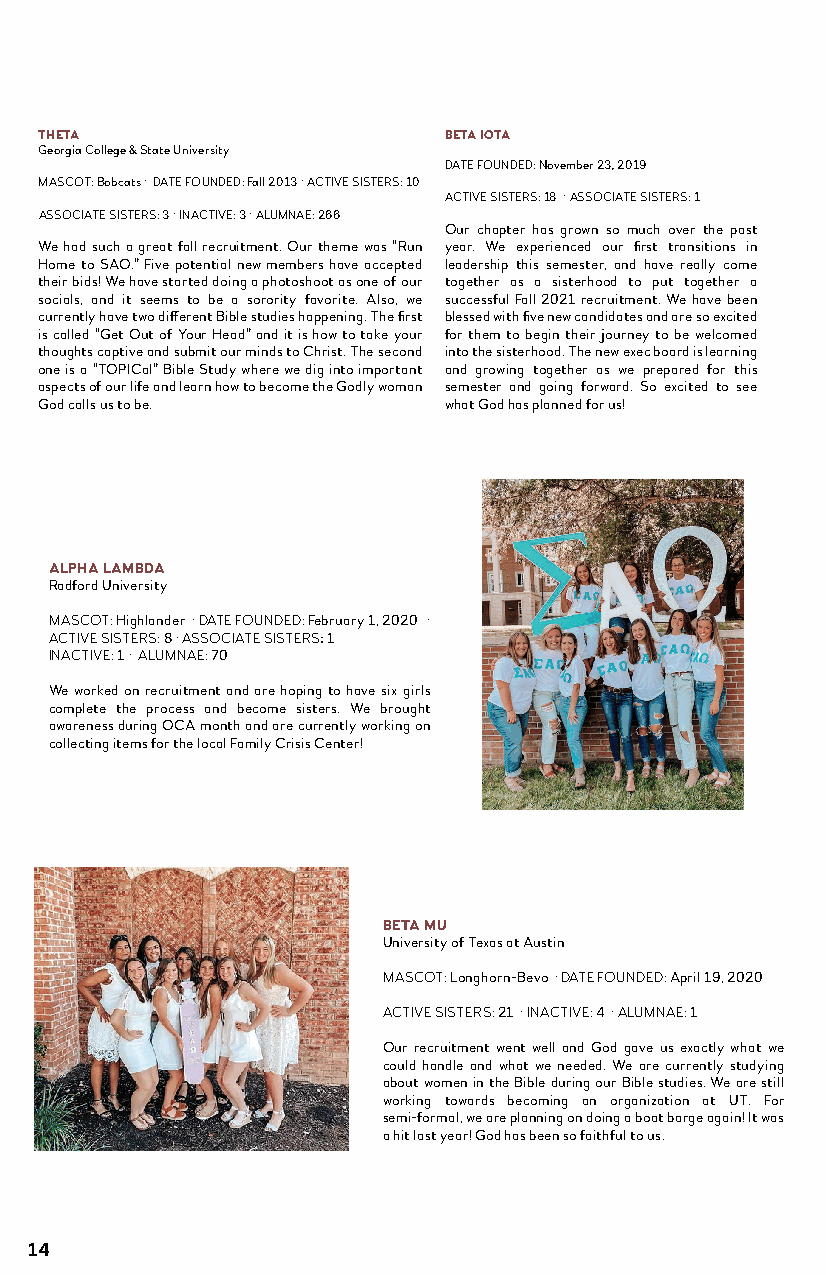
CHAPTER UPDATES
 THETA                     BETA IOTA
 Georgia College & State University
 DATE FOUNDED:November 23, 2019
 MASCOT:Bobcats · DATE FOUNDED:Fall 2013 · ACTIVE SISTERS: 10
 ACTIVE SISTERS: 18 · ASSOCIATE SISTERS: 1
 ASSOCIATE SISTERS: 3 · INACTIVE:3 · ALUMNAE:266
 Our chapter has grown so much over the past
 We had such a great fall recruitment. Our theme was “Run year. We experienced our first transitions in
 Home to SAO.” Five potential new members have accepted leadership this semester, and have really come
 their bids! We have started doing a photoshoot as one of our together as a sisterhood to put together a
 socials, and it seems to be a sorority favorite. Also, we successful Fall 2021 recruitment. We have been
 currently have two different Bible studies happening. The first blessed with five new candidates and are so excited
 is called “Get Out of Your Head” and it is how to take your for them to begin their journey to be welcomed
 thoughts captive and submit our minds to Christ. The second into the sisterhood. The new exec board is learning
 one is a “TOPICal” Bible Study where we dig into important and growing together as we prepared for this
 aspects of our life and learn how to become the Godly woman semester and going forward. So excited to see
 God calls us to be.       what God has planned for us!
 ALPHA LAMBDA
 Radford University
 MASCOT: Highlander · DATE FOUNDED: February 1, 2020 ·
 ACTIVE SISTERS: 8 · ASSOCIATE SISTERS: 1
 INACTIVE: 1 · ALUMNAE: 70
 We worked on recruitment and are hoping to have six girls
 complete the process and become sisters. We brought
 awareness during OCA month and are currently working on
 collecting items for the local Family Crisis Center!
 BETA MU
 University of Texas at Austin
 MASCOT: Longhorn-Bevo · DATE FOUNDED: April 19, 2020
 ACTIVE SISTERS: 21 · INACTIVE: 4 · ALUMNAE: 1
 Our recruitment went well and God gave us exactly what we
 could handle and what we needed. We are currently studying
 about women in the Bible during our Bible studies. We are still
 working towards becoming an organization at UT. For
 semi-formal, we are planning on doing a boat barge again! It was
 a hit last year! God has been so faithful to us.
 14